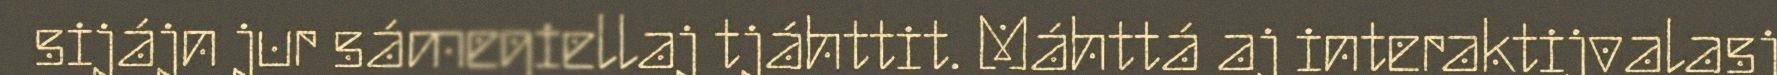
sijájn jur sámegiellaj tjáhttit. Máhttá aj interaktijvalasj